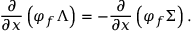
\frac { \partial } { \partial x } \left( \varphi _ { f } \Lambda \right) = - \frac { \partial } { \partial x } \left( \varphi _ { f } \Sigma \right) .